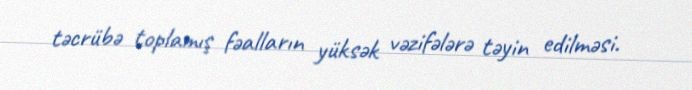
təcrübə toplamış fəalların yüksək vəzifələrə təyin edilməsi.